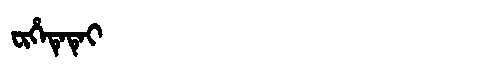
Manchu: ᠸᡳᡥᡝᡨᡝᡨᡝᡳ
Romanization: FIHETETEI